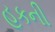
હૂકની